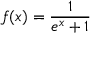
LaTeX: { \mathcal { f } } ( x ) = { \frac { 1 } { e ^ { x } + 1 } }